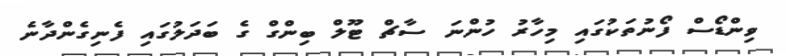
ވިންޑޯސް ފޯނުތަކުގައި މިހާރު ހުންނަ ސާޗް ޓޫލް ބިންގް ގެ ބަދަލުގައި ފެނިގެންދާނެ